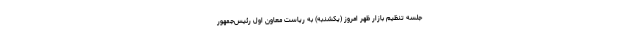
جلسه تنظیم بازار ظهر امروز (یکشنبه) به ریاست معاون اول رئیس‌جمهور